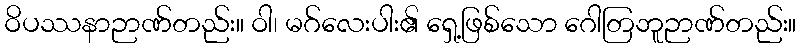
ဝိပဿနာဉာဏ်တည်း။ ဝါ၊ မဂ်လေးပါး၏ ရှေ့ဖြစ်သော ဂေါတြဘူဉာဏ်တည်း။